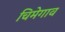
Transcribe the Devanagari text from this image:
चिमेगाव